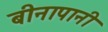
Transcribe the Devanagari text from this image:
बीनापानी